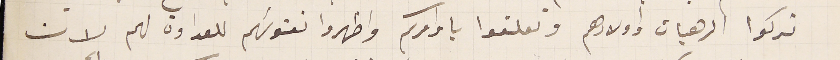
تركوا الرهبان اولادهم وتعلقوا باوامركم واظهروا نفوسَهم للعداوة لهم لان